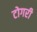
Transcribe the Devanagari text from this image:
टोगरी